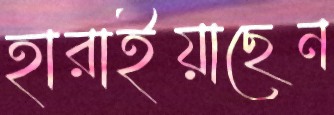
হারাইয়াছেন